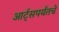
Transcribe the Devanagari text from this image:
आर्ट्‌सपर्यंतचे